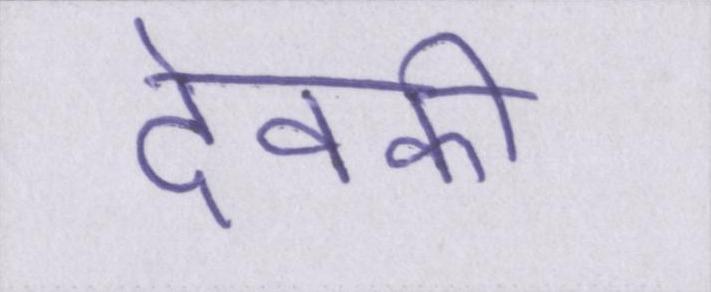
देवकी